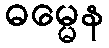
ဓမ္မေန